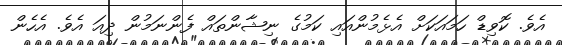
އެވެ. ކޮވިޑް ހަމައަކަށް އެޅެމުންއައި ކަމުގެ ނިޝާންތައް ފެންނަމުން ދިއަ އެވެ. އެހެން